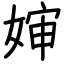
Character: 婶